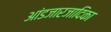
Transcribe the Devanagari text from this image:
आंडजारजादिका